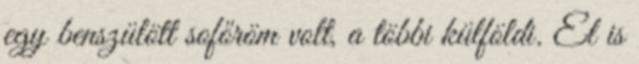
egy benszülött sofőröm volt, a többi külföldi. El is